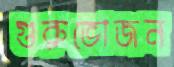
গুরুভোজন